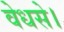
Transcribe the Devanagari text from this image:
वेधसे।